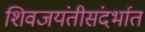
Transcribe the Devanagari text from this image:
शिवजयंतीसंदर्भात